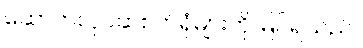
ဆောက်လုပ်ဆဲစက်ရုံများကို မြင်ရသည်။